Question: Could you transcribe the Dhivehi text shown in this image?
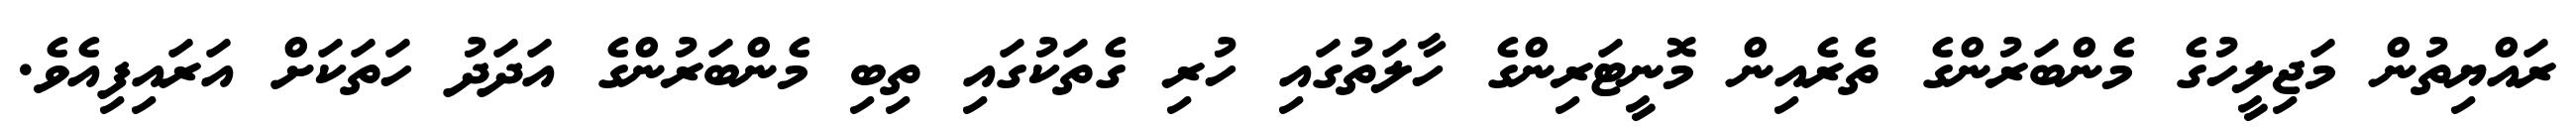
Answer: ރައްޔިތުން މަޖިލީހުގެ މެންބަރުންގެ ތެރެއިން މޮނީޓަރިންގެ ހާލަތުގައި ހުރި ގެތަކުގައި ތިބި މެންބަރުންގެ އަދަދު ހަތަކަށް އަރައިފިއެވެ.